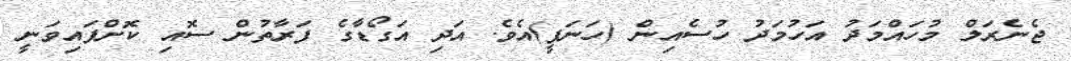
ޖެނެރަލް މުހައްމަދު އަހުމަދު ހުސެއިން (ހަނަފީ)އެވެ. އަދި އަގޯޑާގެ ފަރާތުން ސޮއި ކޮށްފައިވަނީ